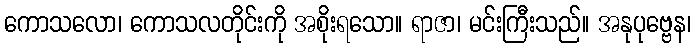
ကောသလော၊ ကောသလတိုင်းကို အစိုးရသော။ ရာဇာ၊ မင်းကြီးသည်။ အနုပုဗ္ဗေန၊